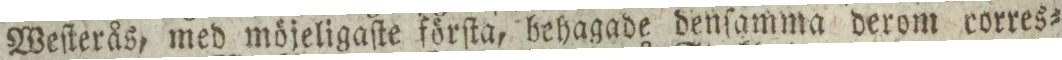
Weſterås, med möjeligaſte förſta, behagade denſamma derom corres=